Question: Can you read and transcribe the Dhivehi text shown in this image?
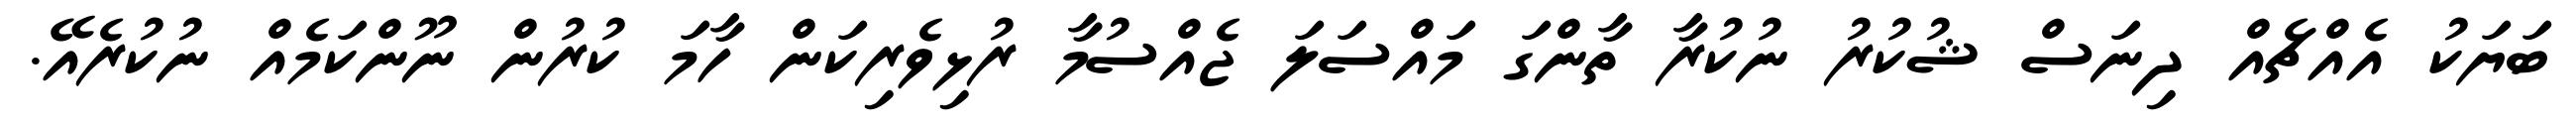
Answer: ބަޔަކު އެއްޗެއް ދިނަސް ޝުކުރު ނުކުރާ ތާންގަ މައްސަލަ ޖެއްސުމާ ރުޅިވެރިކަން ހާމަ ކުރުން ނޫންކަމެއް ނުކުރެއޭ.